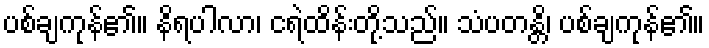
ပစ်ချကုန်၏။ နိရပါလာ၊ ငရဲထိန်းတို့သည်။ သံပတန္တိ၊ ပစ်ချကုန်၏။